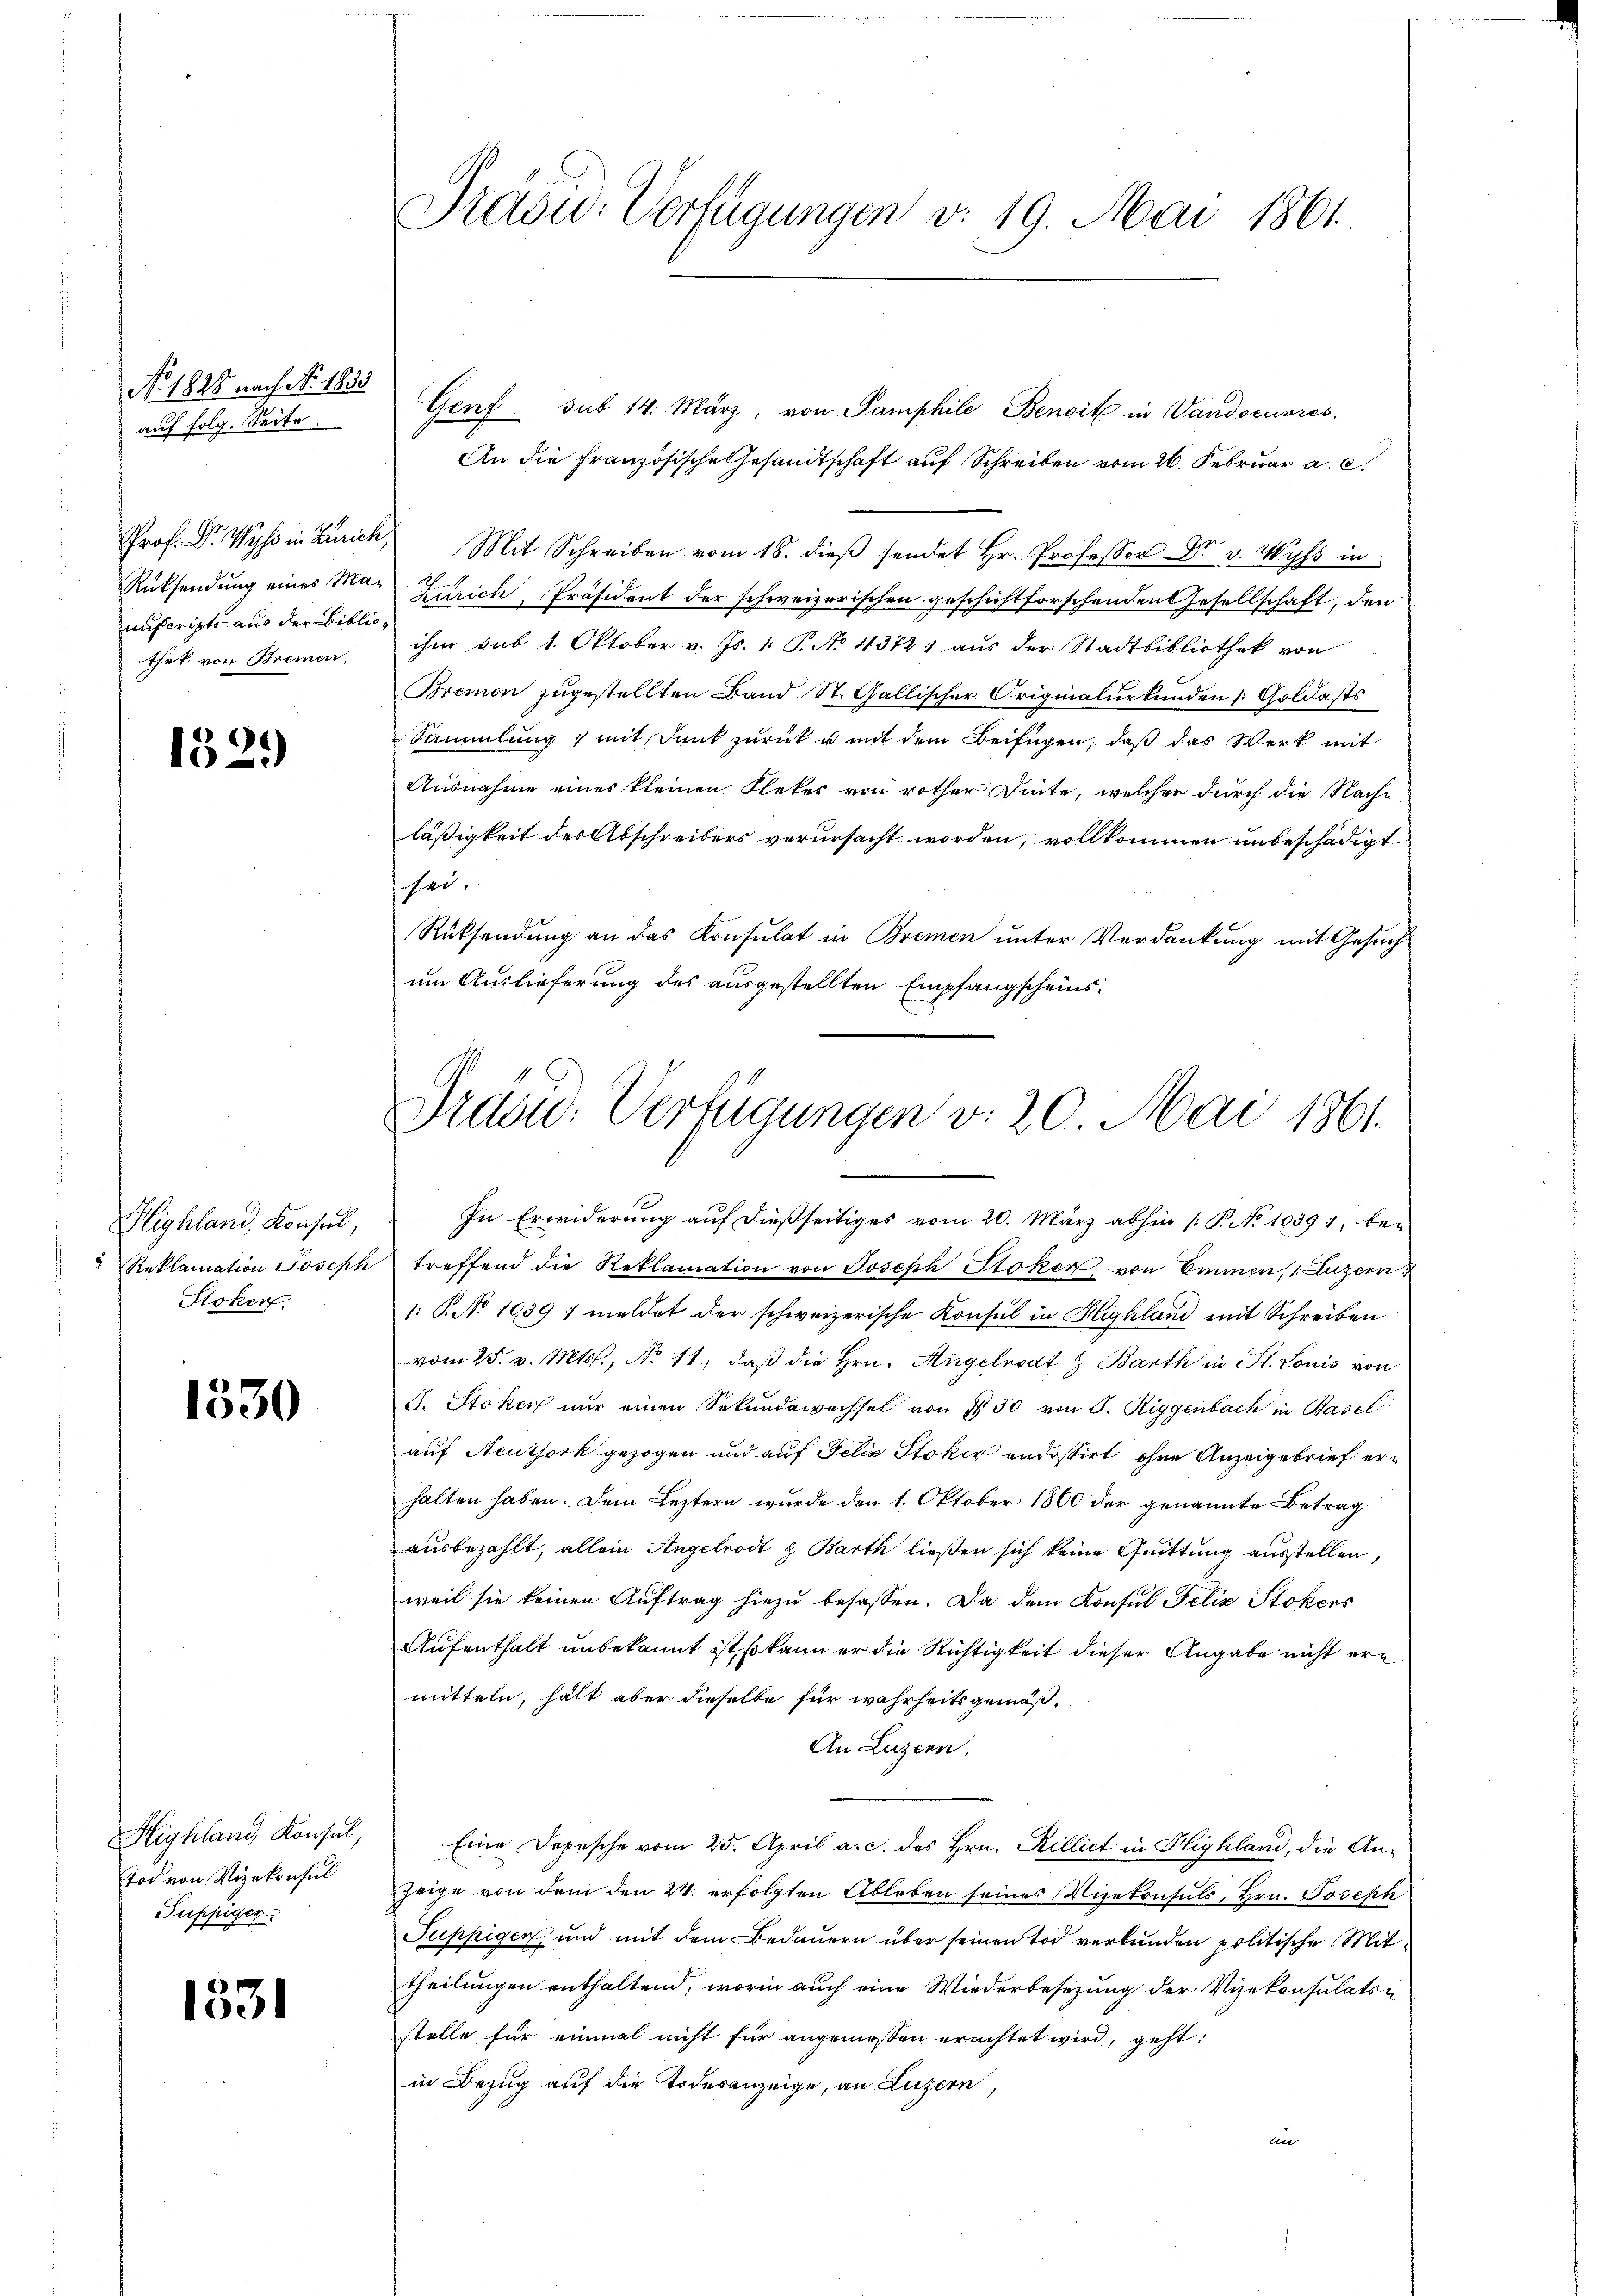
No. 1828 nach No. 1833.
auf folg. Seite.

nuscripts aus der Bibliothek von Bremen.

132)

Highland, Konsul,
Stoker

1330

tod von Vizekonsul
Puppiger

1331

Präsid. Verfügungen v. 19. Mai 1861.

Genf sub 14. März, von Pamphile Benoit in Wandocuores
An die französische Gesandtschaft auf Schreiben vom 26. Februar a. c.
Prof. Dr. Wyss in Zürich, Mit Schreiben vom 18. dieβ sendet Hr. Professor Dr. v. Wyss in
dh
Rücksendung eines Ma- Zürich, Präsident der schweizerischen geschichtforschenden Gesellschaft, den
ihm sub 1. Oktober v. Js. 1. P. No 43721 aus der Stadtbibliothek von
Bremen zugestellten Band St. Gallischer Originalurkunden [Goldasts
Sammlung) mit Dank zurück u mit dem Beifügen, daß das Werk mit
Ausnahme eines kleinen Flekes von rother Dinte, welcher durch die Nach-
läßigkeit des Abschreibers verursacht worden, vollkommen unbeschädigt
sei.
Rücksendung an das Konsulat in Bremen unter Verdankung mit Gesuch
um Auslieferung des ausgestellten Empfangscheins¬

Ordou: Verfügungen v. 20. Mai 1861.

In Erwiderung auf dießseitiges vom 20. März abhin (: P. No 10391, bei
Reklamation Joseph treffend die Reklamation von Joseph Stoker, von Emmen, Luzern
: P. No 1039 / meldet der schweizerische Konsul in Highland mit Schreiben
vom 25. v. Mts., No 11. daß die Hrn. Angelrodt z Barth in St. Louis von
J. Stoker nur einen Sekundewechsel von 7 30 von S. Riggenbach in Basel
auf Neutserk gezogen und auf Felix Stoker andossirt, ohne Anzeigebrief erhalten haben. Dem Leztern wurde den 1. Oktober 1860 der genannte Betrag
ausbezahlt, allein Angelrodt z Barth ließen sich keine Quittung ausstellen,
weil sie keinen Auftrag hiezu befassen. Da dem Konsul Felix Stokers
Aufenthalt unbekannt ist, so kann er die Richtigkeit dieser Angabe nicht ern
mitteln, hält aber dieselbe für wahrheitsgemäß¬
An Luzern,
Highland Konsul, Eine Depesche vom 25. April a. c. des Hrn. Rillict in Highland, die Anzeige von dem den 24. erfolgten Ableben seines Vizekonsuls, Hrn. Joseph
Puppigen und mit dem Bedauern über seinen Tod verbunden politische Mittheilungen enthaltend, worin auch eine Wiederbesezung der Vizekonsulatsn
stelle für einmal nicht für angeniessen erachtet wird, geht:
in Bezug auf die Todesanzeige, an Luzern,
an